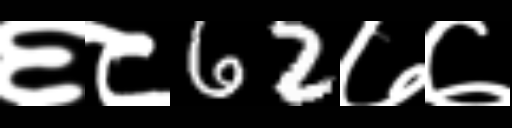
Text: ६८62७७